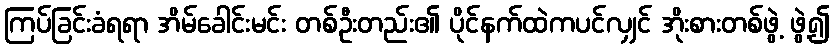
ကြပ်ခြင်းခံရရာ အိမ်ခေါင်းမင်း တစ်ဦးတည်း၏ ပိုင်နက်ထဲကပင်လျှင် အိုးစားတစ်ဖွဲ့ ဖွဲ့၍